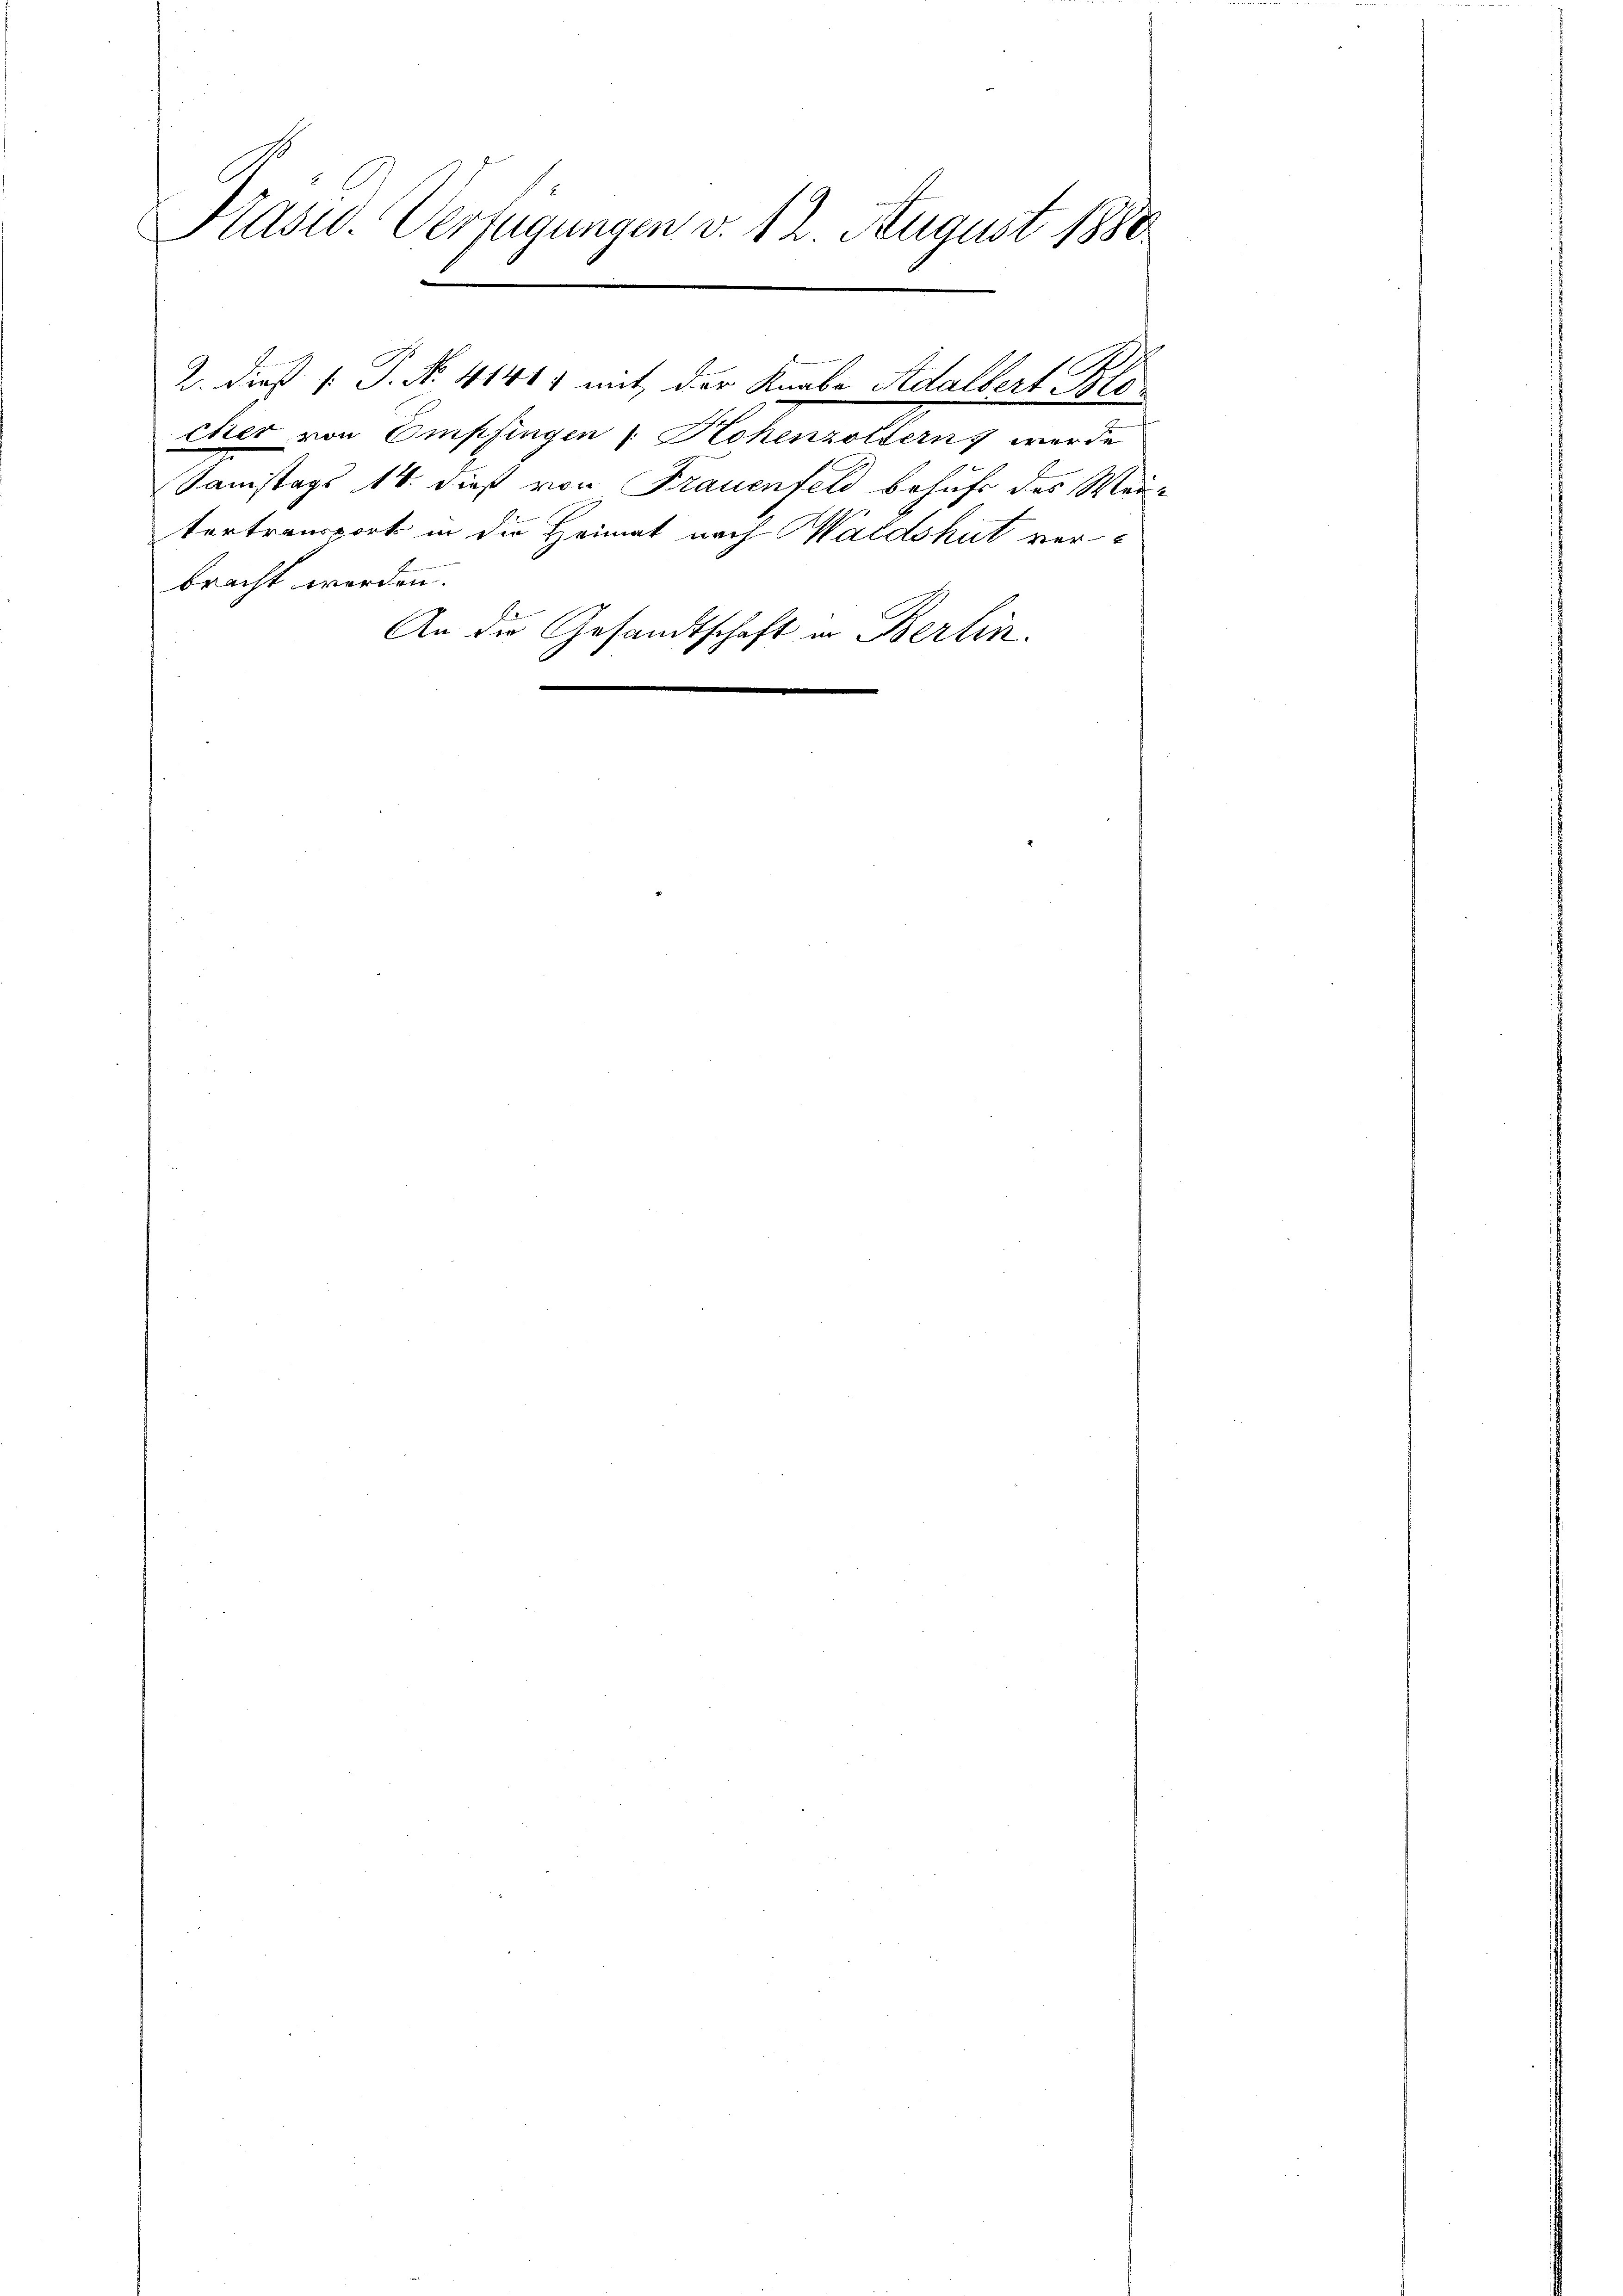
Präsid. Verfügungen v. 12. August 1880
2. dieß s. S. No. 41417 mit der Knabe Adalbert Blo¬

cher von Empfingen : Hohenzoltern werde
Samstags 14. dieß von Frauenfeld behufe des Mei¬
Vortransport in die Heimat nach Waldshut verbracht werden.
An die Gesandtschaft in Berlin.
.